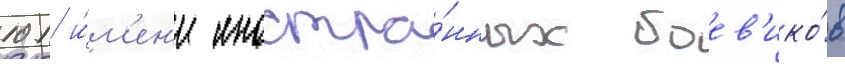
101 и́м'ен'и иностра́нных боев'ико́в